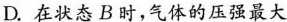
D.在状态B时，气体的压强最大